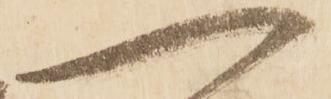
一